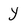
Character: Y